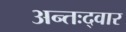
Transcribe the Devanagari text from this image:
अन्तःद्वार